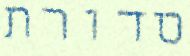
סדורת